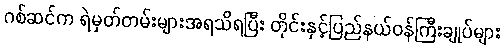
ဂစ်ဆင်က ရဲမှတ်တမ်းများအရသိရပြီး တိုင်းနှင့်ပြည်နယ်ဝန်ကြီးချုပ်များ